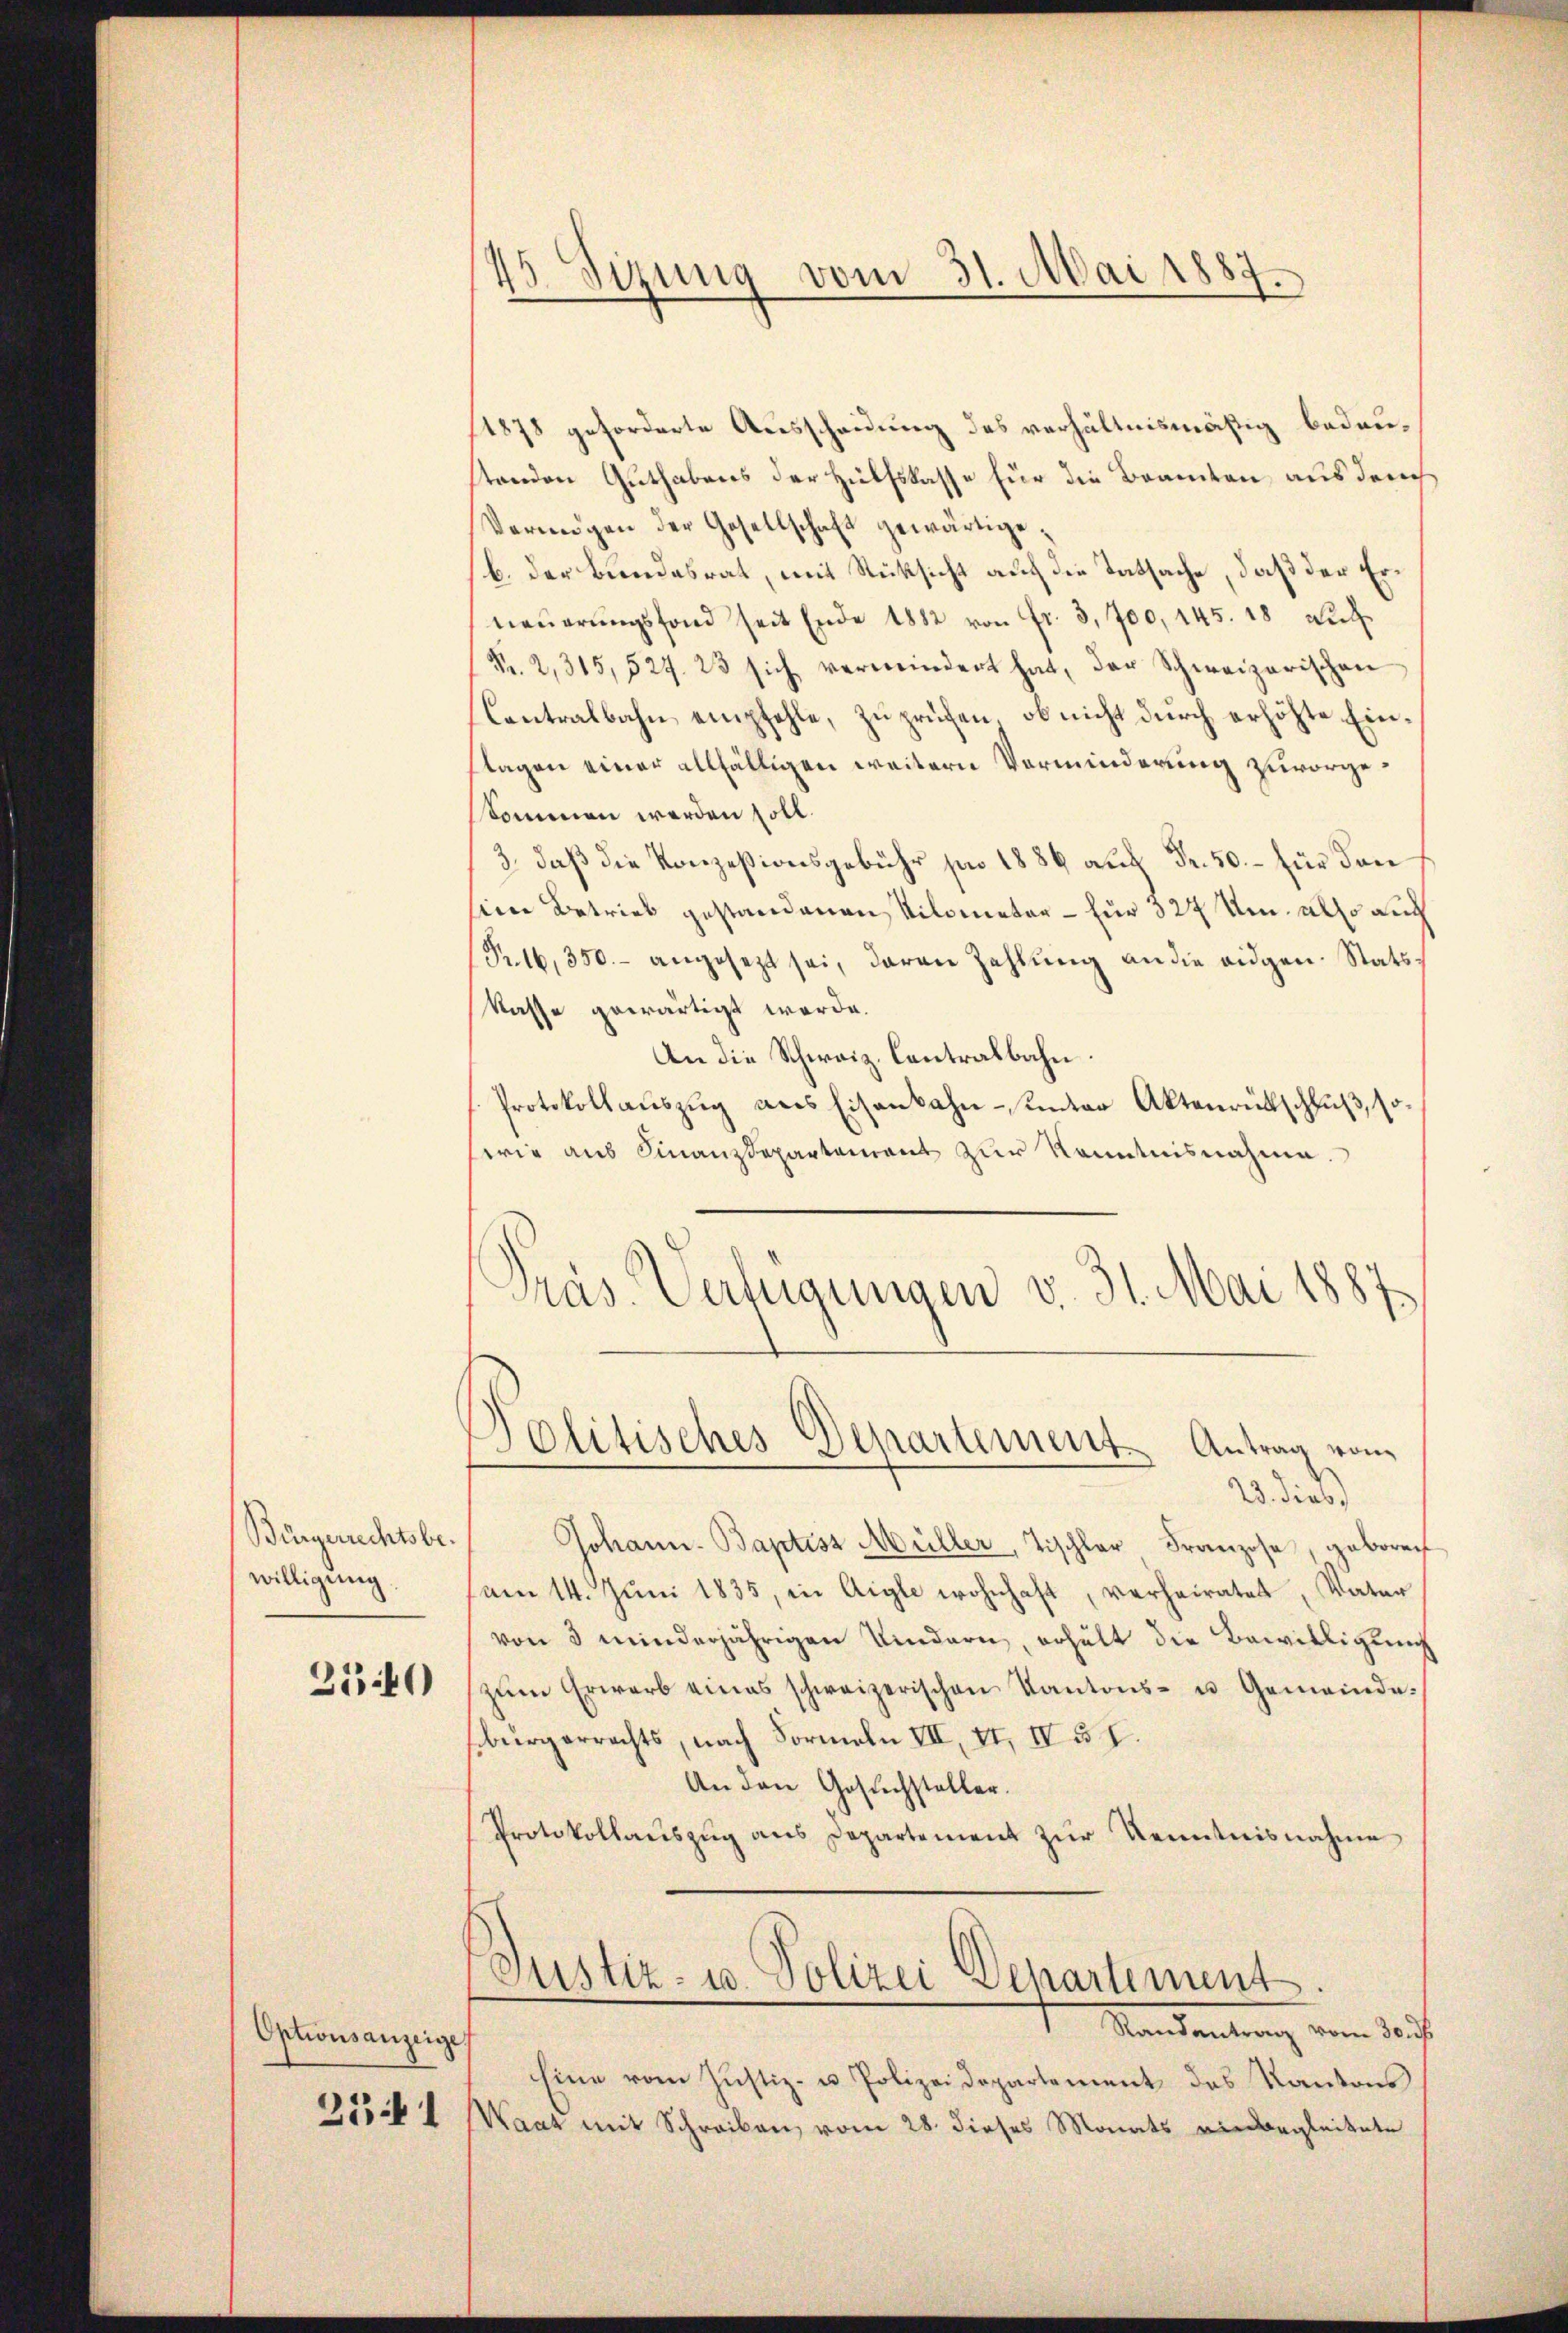
Bürgerrechtsbewilligung

2540

Optionsanzeige
2341

45. Sizung vom 31. Mai 1887.

1878 geforderte Ausscheidung des verhältnismäßig bedaustenden Guthabens der Hülfskasse für die Beamten aus dem
Vermögen der Gesellschaft gewärtige.
b. der Bundesrat, mit Rücksicht auf die Tatsache, daß der Erneŭerŭngsfond seit Ende 1882 von fr. 3,700, 145. 18 auf
Fr. 2, 315, 527. 23 sich vermindert hat, der Schweizerischen
Contralbahn empfehle, zu prüfen, ob nicht durch erhöhte Einflagen einer allfälligen weitern Verminderung zuvorgeskommen werden soll.
3., daß die Konzesionsgebühr pro 1886 auf Fr. 50. – für dan
sien Betrieb gestandenen Kilometer - für 127 Um also auch
Pr.16,350.- angesezt sei, daran Zahlung an die eidgen. Statskasse gewärtigt werde.
An die Schweiz. Contralbahn.
Protokollauszug aus Eisenbahn- unter Aktenrückschluß, so
wrig aus Finanzdepartement zur Kenntnisnahme.
Präs. Verfügungen v. 31. Mai 1887

)
Olitisches Departement Antrag von
23. Dieb

Johann. Baptist Müller, Tischler Franzose, geboren
(am 14. Juni 1835, in Aigle wohnhaft, verheiratet, Vater
von 3 minderjährigen Kindern, erhält die Bewilligung
zŭm Erwarb eines schweizerischen Kantons- u. Gemeinde-
bürgerrechts, nach Formeln VII, II, IV § I.
An den Gesuchsteller.
Protokollaŭszŭg ans Departement zŭr Kenntnisnahme
Justiz- u. Polizei Departiment
Mandantung vom Kauft
Eine vom Justiz- u. Polizeidepartement des Kantons
Waat mit Schreiben, vom 28. dieses Monats einbergleitete